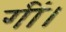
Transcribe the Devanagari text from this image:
गीं।